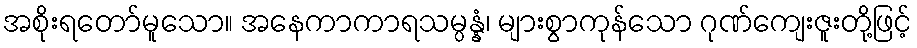
အစိုးရတော်မူသော။ အနေကာကာရသမ္ပန္နံ၊ များစွာကုန်သော ဂုဏ်ကျေးဇူးတို့ဖြင့်